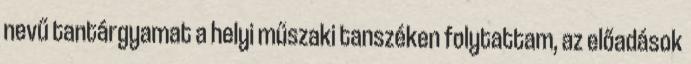
nevű tantárgyamat a helyi műszaki tanszéken folytattam, az előadások